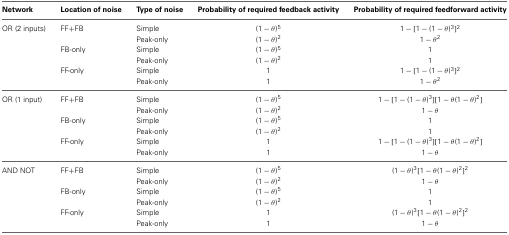
| Network | Location of noise | Type of noise | Probability of required feedback activity | Probability of required feedforward activity |
 | --- | --- | --- | --- | --- |
 | OR (2 inputs) | FF+FB | Simple | (1 − θ)5 | 1 − [1 − (1 − θ)3]2 |
 |  |  | Peak-only | (1 − θ)2 | 1 − θ2 |
 |  | FB-only | Simple | (1 − θ)5 | 1 |
 |  |  | Peak-only | (1 − θ)2 | 1 |
 |  | FF-only | Simple | 1 | 1 − [1 − (1 − θ)3]2 |
 |  |  | Peak-only | 1 | 1 − θ2 |
 | OR (1 input) | FF+FB | Simple | (1 − θ)5 | 1 − [1 − (1 − θ)3][1 − θ(1 − θ)2] |
 |  |  | Peak-only | (1 − θ)2 | 1 − θ |
 |  | FB-only | Simple | (1 − θ)5 | 1 |
 |  |  | Peak-only | (1 − θ)2 | 1 |
 |  | FF-only | Simple | 1 | 1 − [1 − (1 − θ)3][1 − θ(1 − θ)2] |
 |  |  | Peak-only | 1 | 1 − θ |
 | AND NOT | FF+FB | Simple | (1 − θ)5 | (1 − θ)3[1 − θ(1 − θ)2]2 |
 |  |  | Peak-only | (1 − θ)2 | 1 − θ |
 |  | FB-only | Simple | (1 − θ)5 | 1 |
 |  |  | Peak-only | (1 − θ)2 | 1 |
 |  | FF-only | Simple | 1 | (1 − θ)3[1 − θ(1 − θ)2]2 |
 |  |  | Peak-only | 1 | 1 − θ |